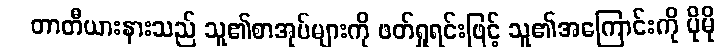
တာတီယားနားသည် သူ၏စာအုပ်များကို ဖတ်ရှုရင်းဖြင့် သူ၏အကြောင်းကို ပိုမို